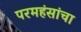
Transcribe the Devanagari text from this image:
परमहंसांचा